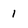
Character: 1